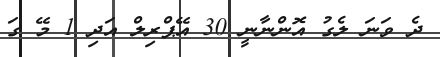
ދެ ވަނަ ލެގު އޮންނާނީ 30 އޭޕްރިލް އަދި 1 މޭ ގަ